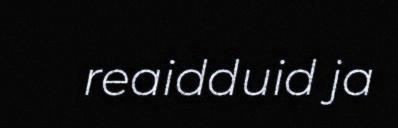
reaidduid ja